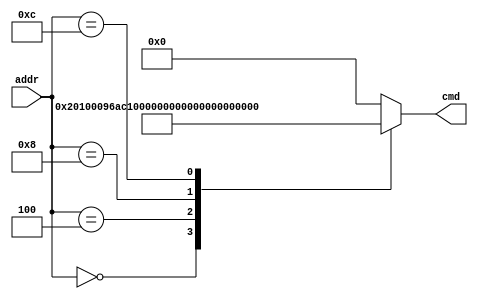
module im
	#(
		parameter SIZE = 128
	)

	(
	input wire [31:0] addr,
	output reg [31:0] cmd
	);

	//reg [31:0] mem[SIZE-1:0];
	//assign cmd = mem[addr];

	always@(addr) begin
		//$readmemh("program.hex", mem);

		//test with predefined instructions
    	case (addr)
	        // addi $s0, $0, 96
	        32'h00000000: cmd <= 32'b001000_00000_10000_00000000_1001_0110;
	                                // op(6 ), rs(5 ), rt(5 ), imm(16 )
	                                //            rs=$0,     rt=$s0,    imm=96
	        // sw $s0, 0xff ($0)
	        32'h00000004: cmd <= 32'b101011_00000_10000_0000_0000_1111_1111;
	                                // op(6 ), rs(5 ), rt(5 ), imm(16 )
	                                //            rs=$0,     rt=$s0,    imm=0xff
	        // addi $s1, $0, 255
	        32'h00000008: cmd <= 32'b001000_00000_10001_00000000_1111_1111;
	                                // op(6 ), rs(5 ), rt(5 ), imm(16 )
	                                //            rs=$0,     rt=$s1,    imm=255
	        // sw $s1, 0xff ($0)
	        32'h0000000C: cmd <= 32'b101011_00000_10001_0000_0000_1111_1111;
	                        // op(6 ), rs(5 ), rt(5 ), imm(16 )
	                        //            rs=$0,     rt=$s1,    imm=0xff
	        default: cmd <= 0;
	    endcase // case (cmd)
	end
endmodule